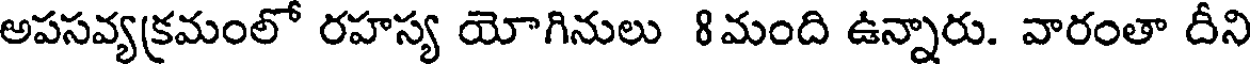
అపసవ్యక్రమంలో రహస్య యోగినులు 8మంది ఉన్నారు. వారంతా దీని